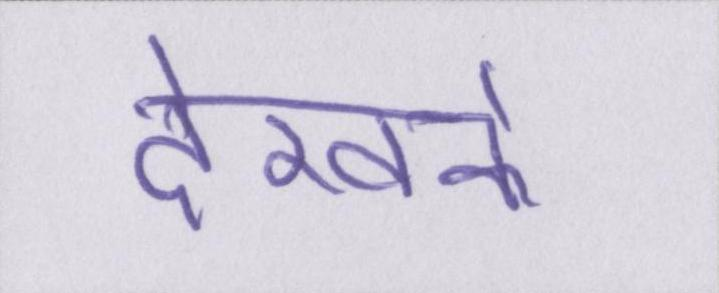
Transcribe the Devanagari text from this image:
देखके